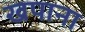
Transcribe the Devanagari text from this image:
खपाना